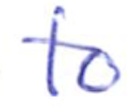
Text: to
Cross-out: clean
Writing tool: ballpoint